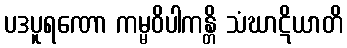
ပဒပူရဏော ကမ္မဝိပါကန္တိ သံဃာဋိယာတိ